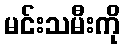
မင်းသမီးကို